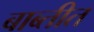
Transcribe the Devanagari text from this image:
बाब्तीत